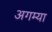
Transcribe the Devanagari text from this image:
अगम्या